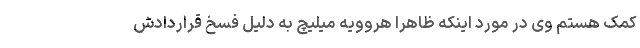
کمک هستم وی در مورد اینکه ظاهرا هروویه میلیچ به دلیل فسخ قراردادش